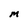
Character: M